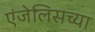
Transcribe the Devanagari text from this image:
एंजेलिसच्या